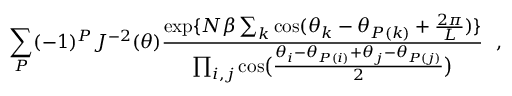
\sum _ { P } ( - 1 ) ^ { P } { \cal J } ^ { - 2 } ( \theta ) { \frac { \exp \{ N \beta \sum _ { k } \cos ( \theta _ { k } - \theta _ { P ( k ) } + { \frac { 2 \pi } { L } } ) \} } { \prod _ { i , j } \cos \bigl ( { \frac { \theta _ { i } - \theta _ { P ( i ) } + \theta _ { j } - \theta _ { P ( j ) } } { 2 } } \bigr ) } } ~ ~ ,